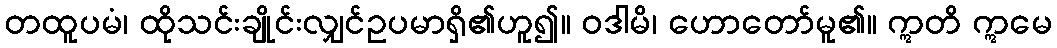
တထူပမံ၊ ထိုသင်းချိုင်းလျှင်ဥပမာရှိ၏ဟူ၍။ ဝဒါမိ၊ ဟောတော်မူ၏။ ဣတိ ဣမေ